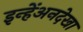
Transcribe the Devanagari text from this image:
इन्हेंअनदेखा